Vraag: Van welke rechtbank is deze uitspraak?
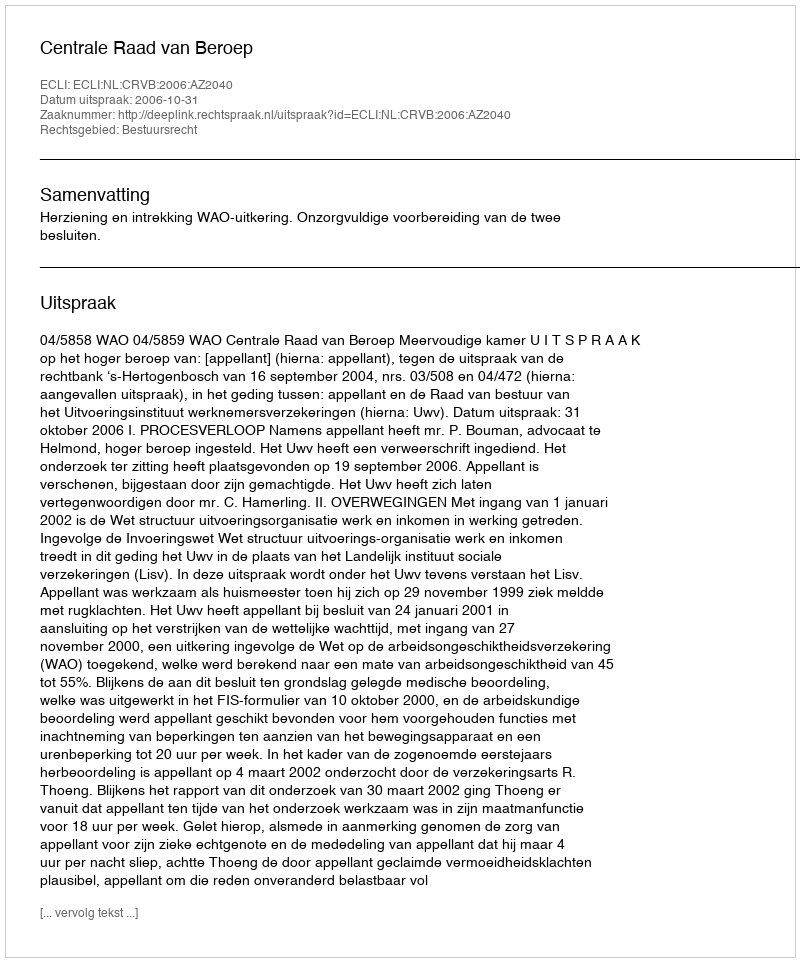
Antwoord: Centrale Raad van Beroep